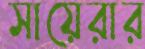
সায়েরার